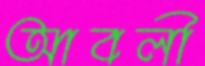
আবলী